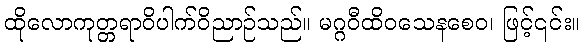
ထိုလောကုတ္တရာဝိပါက်ဝိညာဉ်သည်။ မဂ္ဂဝီထိဝသေနစေဝ၊ ဖြင့်၎င်း။